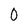
Character: 0